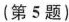
(第5题)